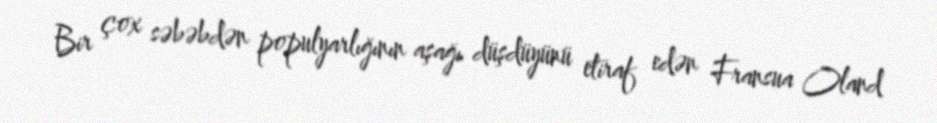
Bir çox səbəbdən populyarlığının aşağı düşdüyünü etiraf edən Fransua Oland